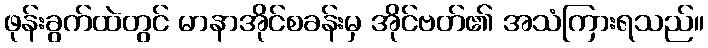
ဖုန်းခွက်ထဲတွင် မာနာအိုင်စခန်းမှ အိုင်ဗတ်၏ အသံကြားရသည်။